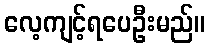
လေ့ကျင့်ရပေဦးမည်။